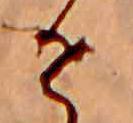
せ